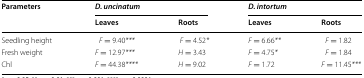
| <ROWSPAN=2> Parameters | <COLSPAN=2> D. uncinatum | <COLSPAN=2> D. intortum |
 | Leaves | Roots | Leaves | Roots |
 | --- | --- | --- | --- | --- |
 | Seedling height | F = 9.40*** | F = 4.52* | F = 6.66** | F = 1.82 |
 | Fresh weight | F = 12.97*** | H = 3.43 | F = 4.75* | F = 1.84 |
 | Chl | F = 44.38**** | H = 9.02 | F = 1.72 | F = 11.45*** |